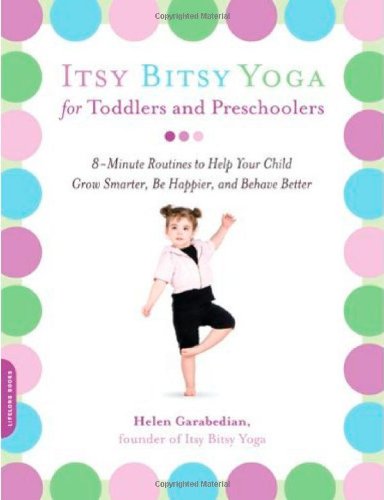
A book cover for Itsy Bitsy Yoga for Toddlers and Preschoolers: 8-Minute Routines to Help Your Child Grow Smarter, Be Happier, and Behave Better; Helen Garabedian; Health, Fitness & Dieting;